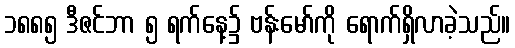
၁၈၈၅ ဒီဇင်ဘာ ၅ ရက်နေ့၌ ဗန်းမော်ကို ရောက်ရှိလာခဲ့သည်။